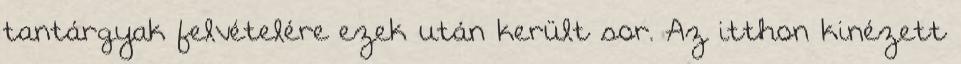
tantárgyak felvételére ezek után került sor. Az itthon kinézett